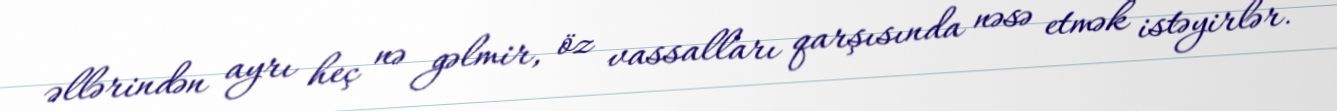
əllərindən ayrı heç nə gəlmir, öz vassalları qarşısında nəsə etmək istəyirlər.